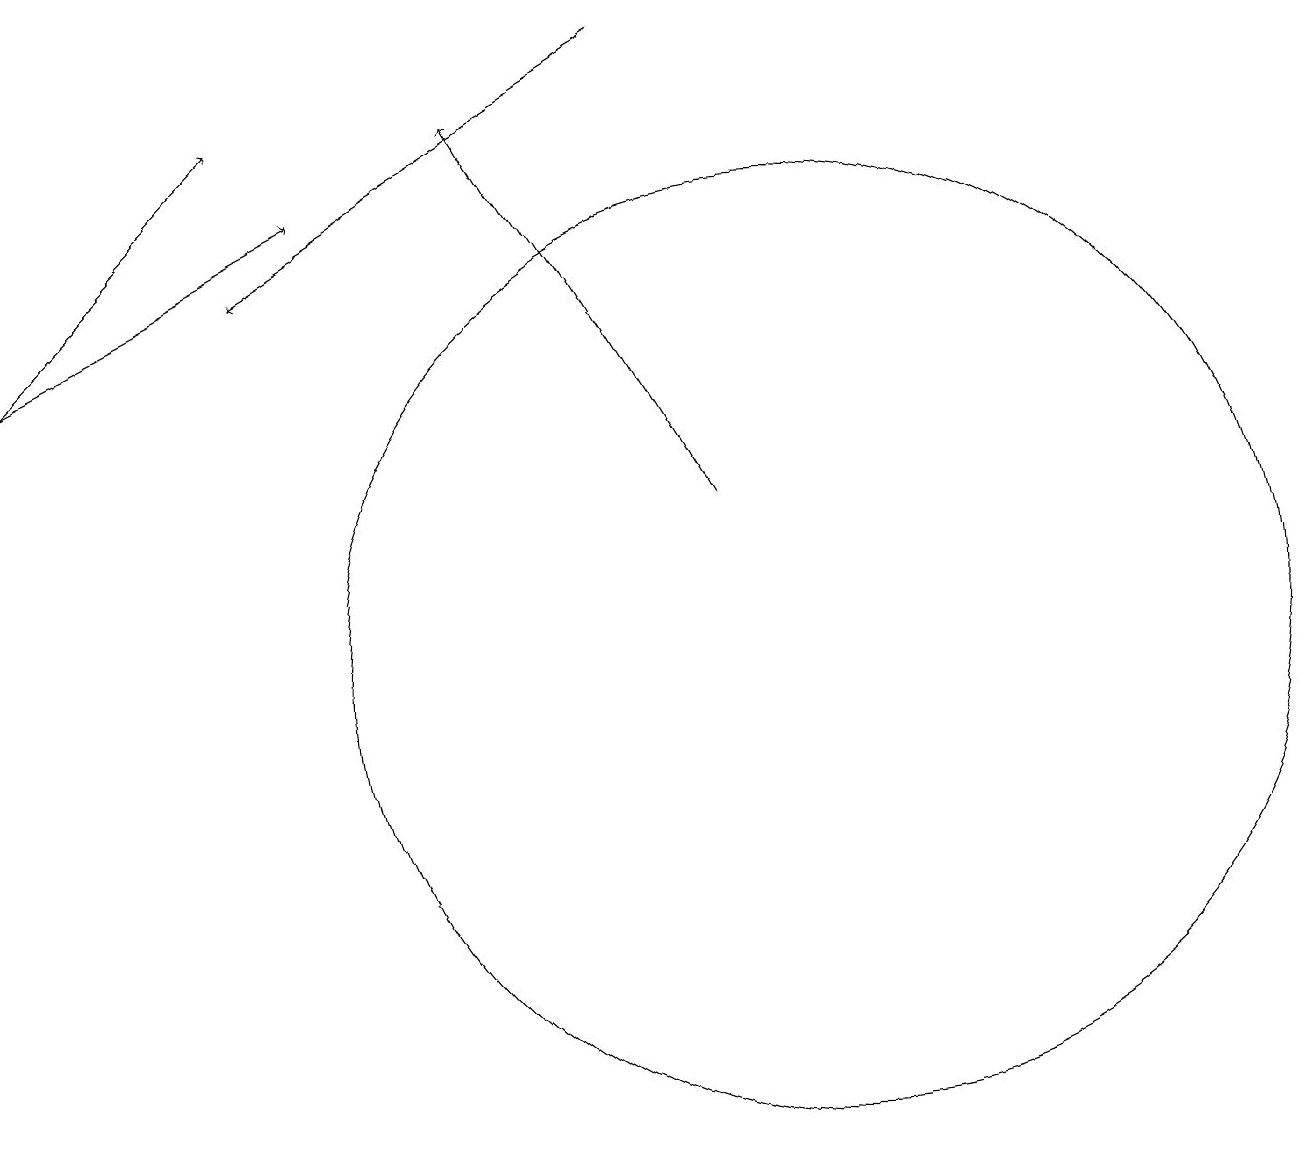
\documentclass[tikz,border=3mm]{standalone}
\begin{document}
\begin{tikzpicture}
\draw[->] (0,15) -- (4,17);
\draw[->] (9,13) -- (6,18);
\draw (10,11) circle (6);
\draw[->] (8,19) -- (3,16);
\draw[->] (0,15) -- (3,18);
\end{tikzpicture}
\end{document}